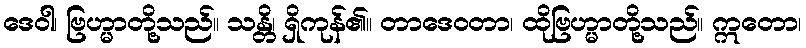
ဒေဝါ၊ ဗြဟ္မာတို့သည်။ သန္တိ၊ ရှိကုန်၏။ တာဒေဝတာ၊ ထိုဗြဟ္မာတို့သည်။ ဣတော၊